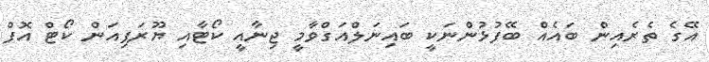
އޭގެ ތެރެއިން ބައެއް ބޭފުޅުންނަކީ ބައިނަލްއަގްވާމީ ޖިނާއީ ކޯޓާއި ޔޫރަޕިއަން ކޯޓް އޮފް